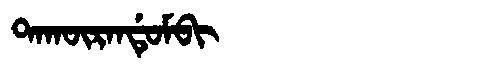
Manchu: ᡨᠠᡴᡡᡵᠠᠨᡩᡠᠮᠪᡳ
Romanization: TAKŪRANDUMBI